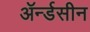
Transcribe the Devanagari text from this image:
ॲर्न्डसीन